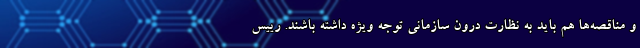
و مناقصه‌ها هم باید به نظارت درون سازمانی توجه ویژه داشته باشند. رییس